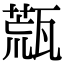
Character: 㼹